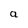
Character: a